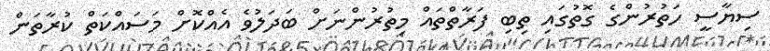
ސިޔާސީ ހަތުރުންގެ ގޮތުގައި ތިބި ފަރާތްތައް މިތުރުންނަށް ބަދަލުވެ އެއްކޮށް މަސައްކަތް ކުރާތަން